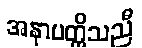
အနာပတ္တိသညီ